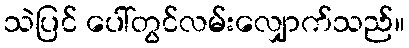
သဲပြင် ပေါ်တွင်လမ်းလျှောက်သည်။